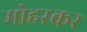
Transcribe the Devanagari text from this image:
मोहरकर